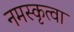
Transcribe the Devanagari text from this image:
नमस्कृत्वा